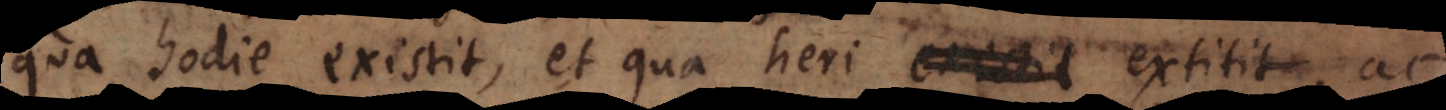
qua hodie existit, et qua heri existit extitit, ac